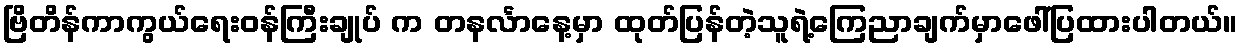
ဗြိတိန်ကာကွယ်ရေးဝန်ကြီးချုပ် က တနင်္လာနေ့မှာ ထုတ်ပြန်တဲ့သူရဲ့ကြေညာချက်မှာဖေါ်ပြထားပါတယ်။